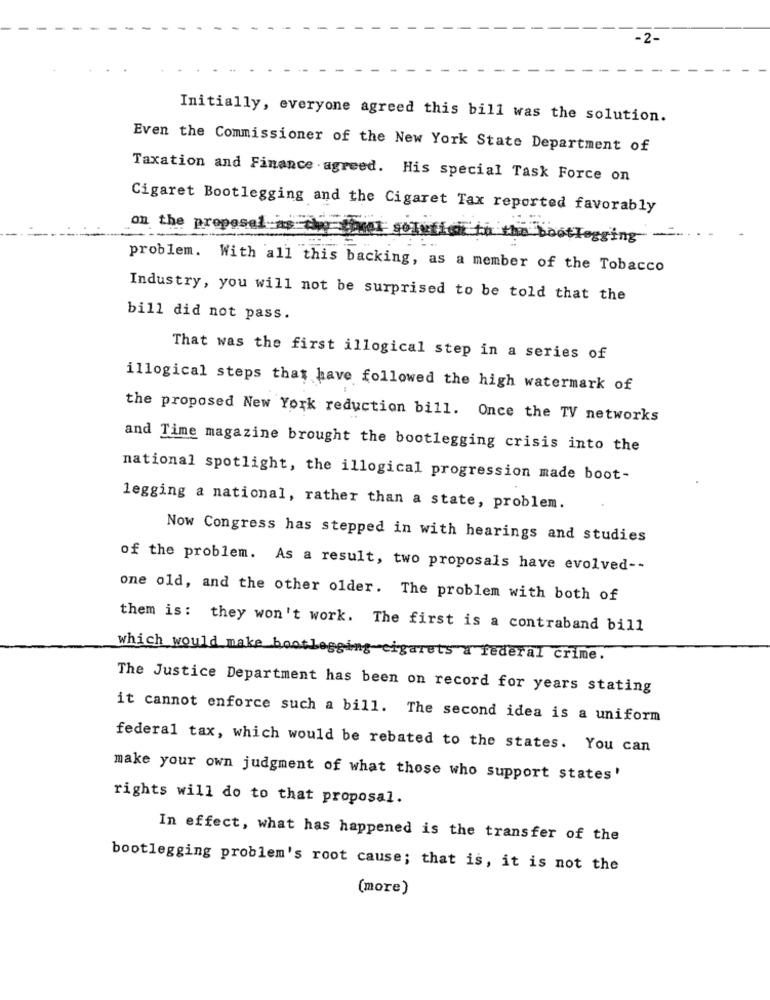
-2-
Initially, everyone agreed this bill was the solution.
Even the Commissioner of the New York State Department of
Taxation and Finance agreed. His special Task Force on
Cigaret Bootlegging and the Cigaret Tax reported favorably
on the proposal-as
the bootlegging -
problem. With all this backing, as a member of the Tobacco
Industry, you will not be surprised to be told that the
bill did not pass.
That was the first illogical step in a series of
illogical steps that have followed the high watermark of
the proposed New York reduction bill. Once the TV networks
and Time magazine brought the bootlegging crisis into the
national spotlight, the illogical progression made boot-
legging a national, rather than a state, problem.
Now Congress has stepped in with hearings and studies
of the problem. As a result, two proposals have evolved --
one old, and the other older. The problem with both of
them is: they won't work. The first is a contraband bill
which would make bootlegging-cigarets a federal crime.
The Justice Department has been on record for years stating
it cannot enforce such a bill. The second idea is a uniform
federal tax, which would be rebated to the states. You can
make your own judgment of what those who support states'
rights will do to that proposal.
In effect, what has happened is the transfer of the
bootlegging problem's root cause; that is, it is not the
(more)